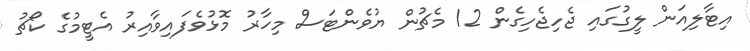
އިޓާލިއަން ލީގުގައި ޖެހިޖެހިގެން 12 މެޗުން ޔުވެންޓަސް މިހާރު މޮޅުވެފައިވާއިރު އެޓީމުގެ ކޯޗު